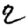
Digit: 2